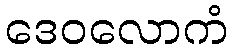
ဒေဝလောကံ